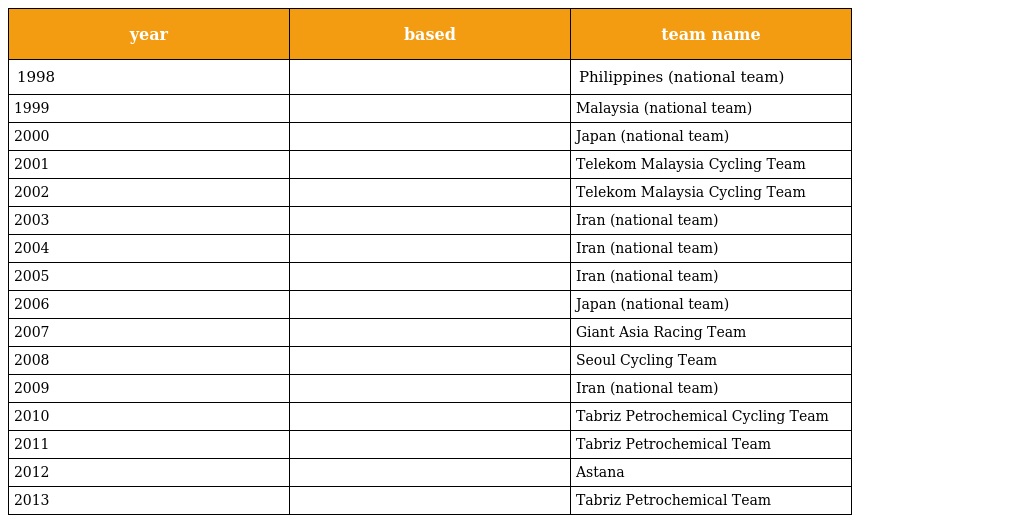
| year | based | team name |
 | --- | --- | --- |
 | 1998 |  | Philippines (national team) |
 | 1999 |  | Malaysia (national team) |
 | 2000 |  | Japan (national team) |
 | 2001 |  | Telekom Malaysia Cycling Team |
 | 2002 |  | Telekom Malaysia Cycling Team |
 | 2003 |  | Iran (national team) |
 | 2004 |  | Iran (national team) |
 | 2005 |  | Iran (national team) |
 | 2006 |  | Japan (national team) |
 | 2007 |  | Giant Asia Racing Team |
 | 2008 |  | Seoul Cycling Team |
 | 2009 |  | Iran (national team) |
 | 2010 |  | Tabriz Petrochemical Cycling Team |
 | 2011 |  | Tabriz Petrochemical Team |
 | 2012 |  | Astana |
 | 2013 |  | Tabriz Petrochemical Team |